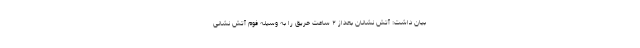
بیان داشت: آتش نشانان بعداز ۲ ساعت حریق را به وسیله فوم آتش نشانی